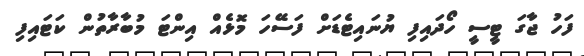
ފަހު ޖާގަ ޓީސީ ހޯދައިފި ޔުނައިޓެޑަށް ފަސޭހަ މޮޅެއް އިންޓަ މުބާރާތުން ކަޓައިފި